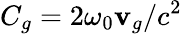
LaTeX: C_{g}=2\omega_{0}\mathbf{v}_{g}/c^{2}